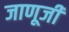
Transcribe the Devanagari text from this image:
जाणूजी